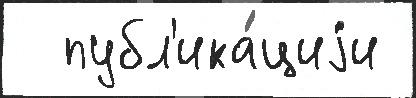
  публ'ика́циjи